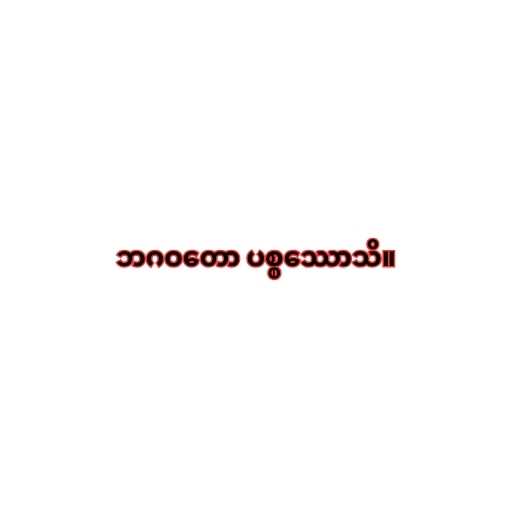
ဘဂဝတော ပစ္စဿောသိ။